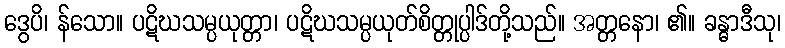
ဒွေပိ၊ န်သော။ ပဋိဃသမ္ပယုတ္တာ၊ ပဋိဃသမ္ပယုတ်စိတ္တုပ္ပါဒ်တို့သည်။ အတ္တနော၊ ၏။ ခန္ဓာဒီသု၊